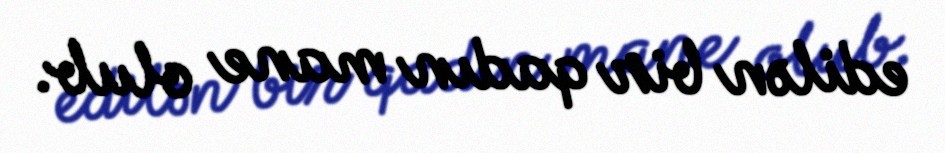
edilən bir qadın mane olub.